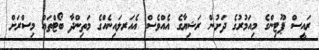
ރައީސް ޕޫޓިންގެ މިއަމުރުގެ ދަށުން ރަޝިޔާގެ އެއްވެސް އެއަރލައިނެއްގެ މަތިންދާ ބޯޓްތައް މިސްރަށް